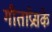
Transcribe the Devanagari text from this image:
गीताप्रेसके